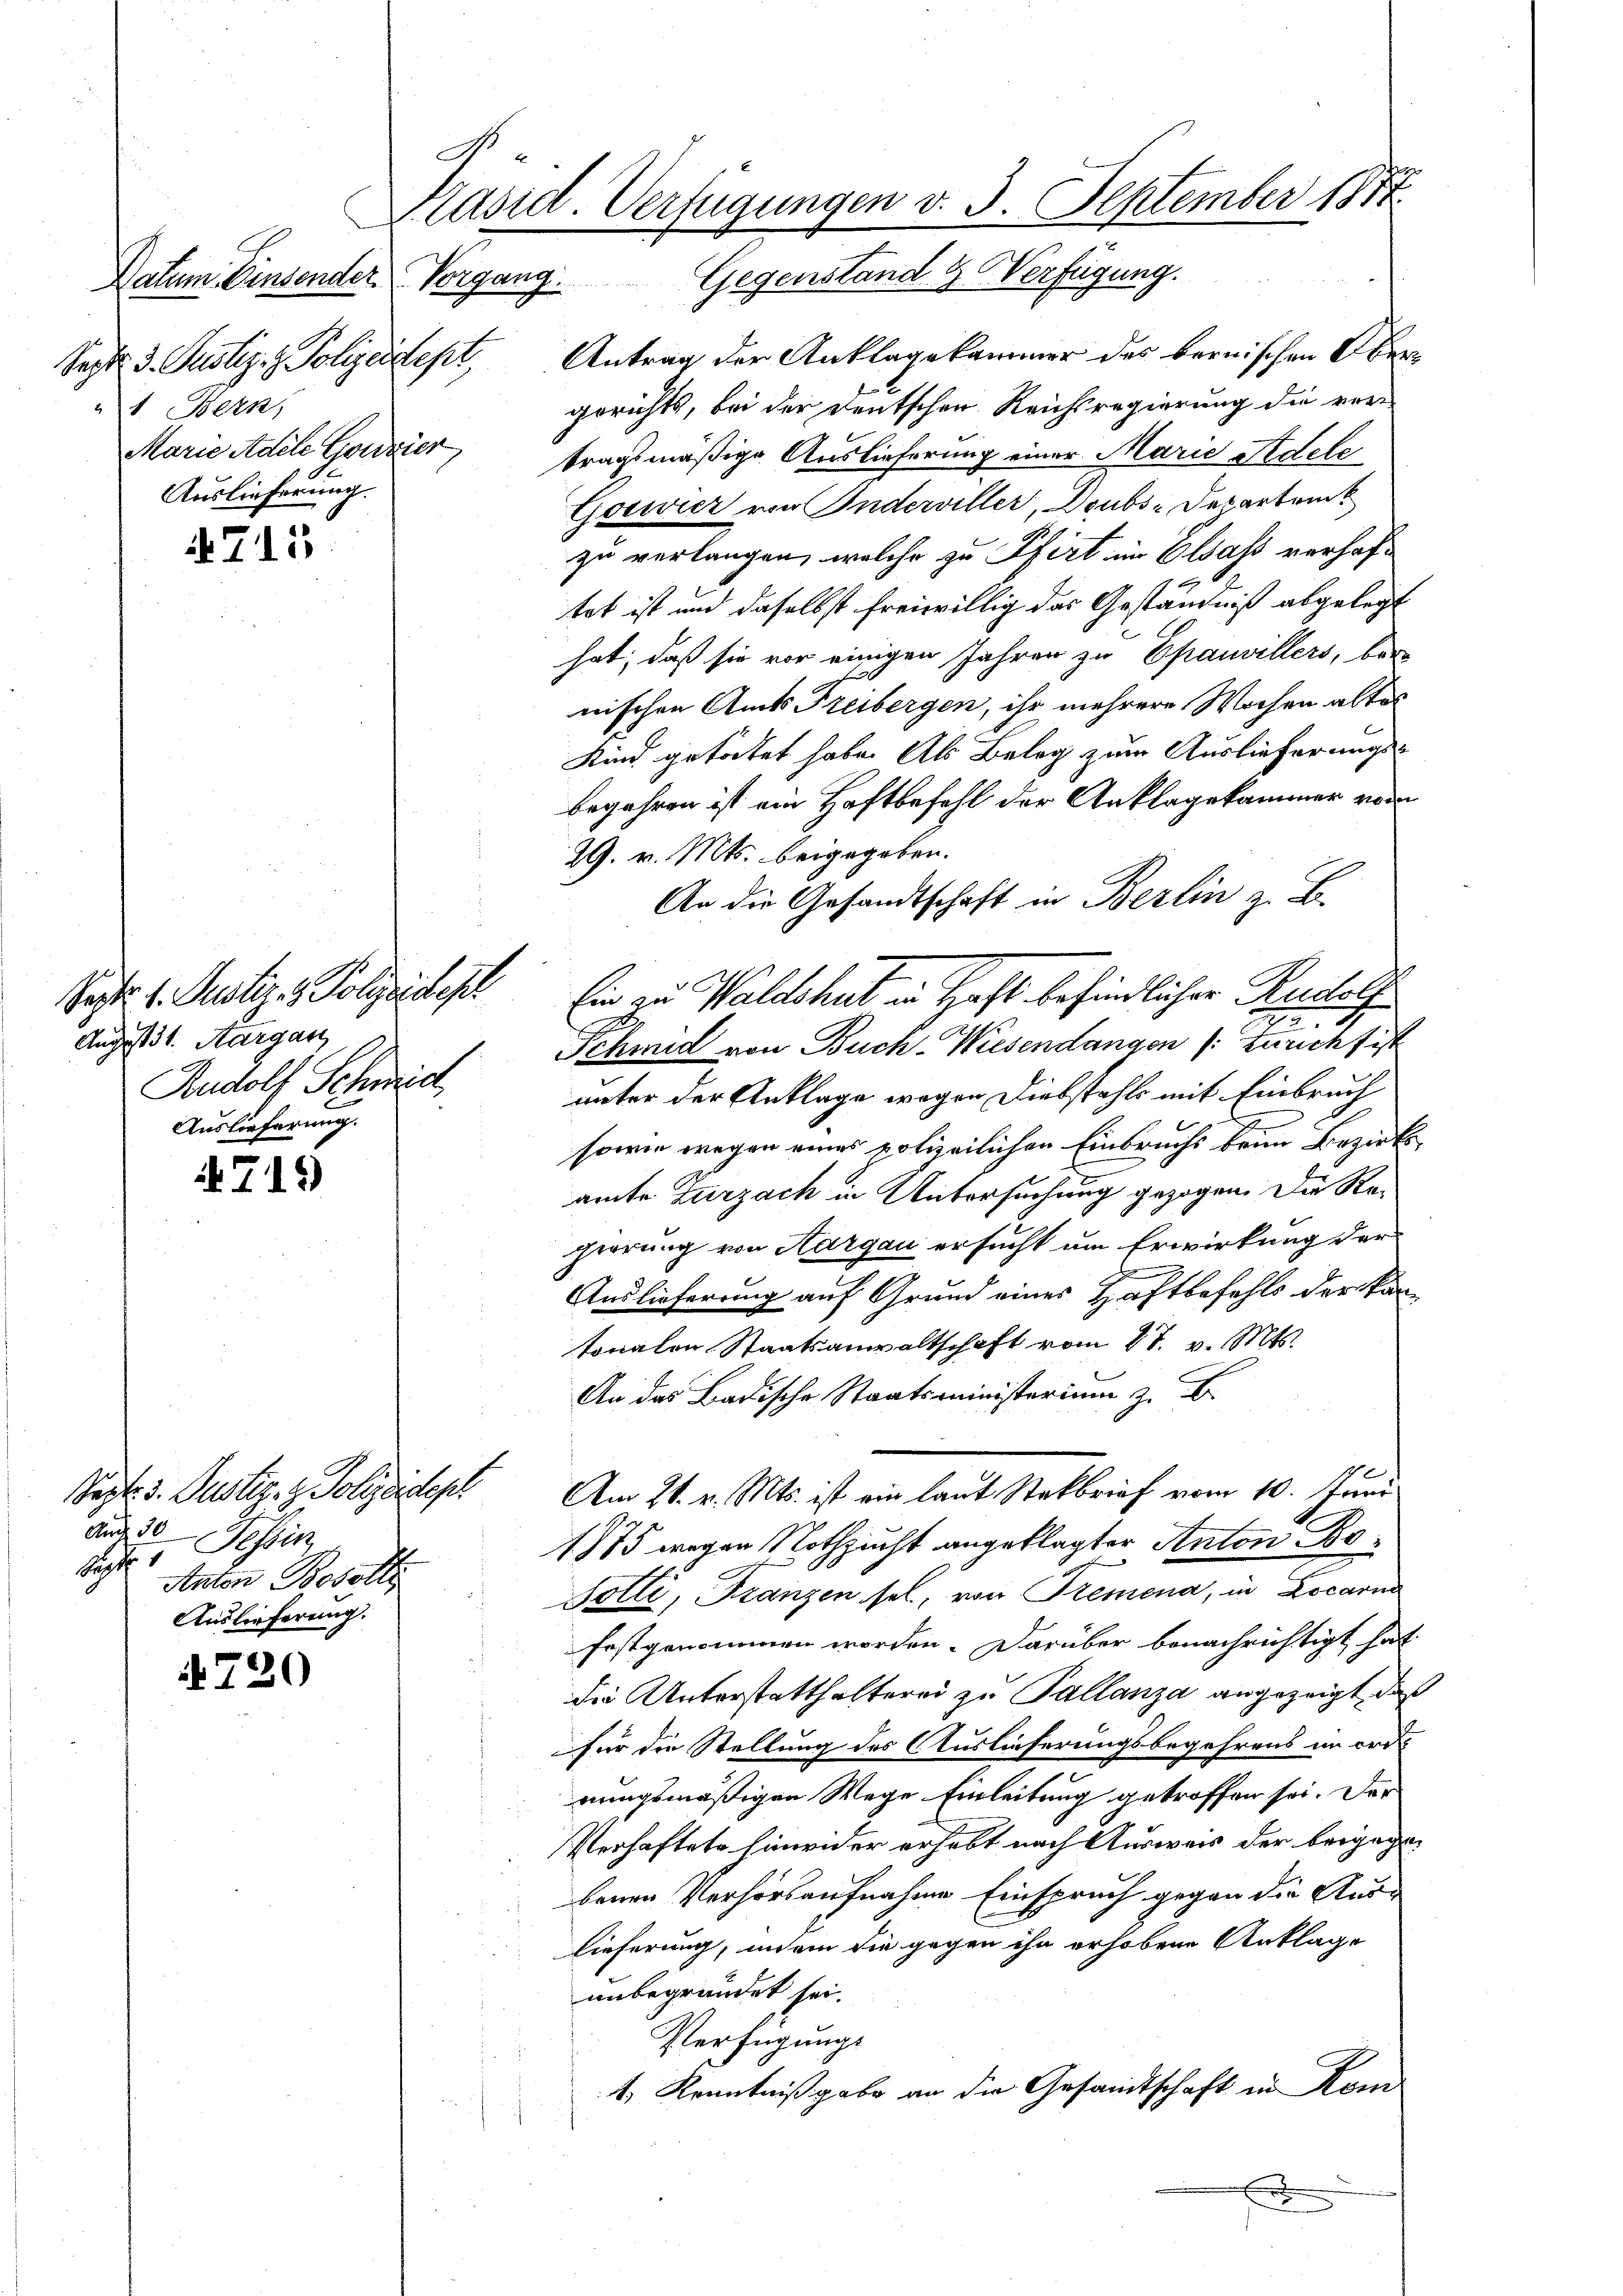
E
Datum Einsender Vorgang. Gegen
Sept. d. Rustiz- & Polizeidept,
1. Bern,
Marie Adele Gouvier
Auslieferung.

4715

Sept. 1. Justiz- & Polizeidesh
August St. Aargau
Rudolf Schmid,
Auslieferung.

719

720

Sept. 3. Justiz- & Polizeidep
Unde 30
daher Sehen
Anton Besolle
Auslieferung.

Käsid. Verfügungen v. 3. September 1881
Verfügung.
stand 9

Antrag der Anklagekammer des bernischen Obergerichts, bei der deutschen Reichsregierung die ver
tragsmäßige Auslieferung einer Marie Redele
Goswier von Anderviller, Doubs-Departem
zu verlangen, welche zu Pfirt im Elsass verhaftet ist und daselbst freiwillig das Geständniß abgelegt
hat, daß sie vor einigen Jahren zu Epauvillers, ber
nischen Amts Freibergen, ihr mehrere Wochen altes
Kind getötet habe. Als Belag zum Auslieferungs-
begehren ist ein Haftbefehl der Anklagekammer vom
29. v. Mts. beigegeben.
An die Gesandtschaft in Berlin z. B.
Ein zu Waldshut in Haft befindlicher Rudolf
Schmid von Buch-Wiesendangen (: Zürich fist
unter der Anklage wegen Diebstahls mit Einbruch
sowie wegen eines polizeilichen Einbruchs beim Bezirksamte Zurzach in Untersuchung gezogen. Die Regierung von Aargau ersucht um Erwirkung der
b
Auslieferung auf Grund eines Haftbefehls der kan-
tonalen Staatsanwaltschaft vom 27. v. Mts.
An das Badische Staatsministerium z.
Am 21. v. Mts. ist ein laut Steckbrief vom 10. Juni
1775 wegen Nothzucht angeklagter Anton Bo¬
Sölli, Franzen sel., von Premena, in Locarna
festgenommen worden. Darüber benachrichtigt hat
die Unterstatthalterei zu Pallanza angezeigt, daß
für die Stellung des Auslieferungsbegehrens im cornungsmäßigen Wege Einleitung getroffen sei. Der
Verhaftete hinen er erhebt nach Ausweis der beigegebenen Verhörsaufnahme Einspruch gegen die Auslieferung, indem die gegen ihn erhobene Anklage
unbegründet sei.
Verfügungs
1. Kenntnißgabe an die Gesandtschaft in Kom
f